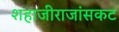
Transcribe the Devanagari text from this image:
शहाजीराजांसकट